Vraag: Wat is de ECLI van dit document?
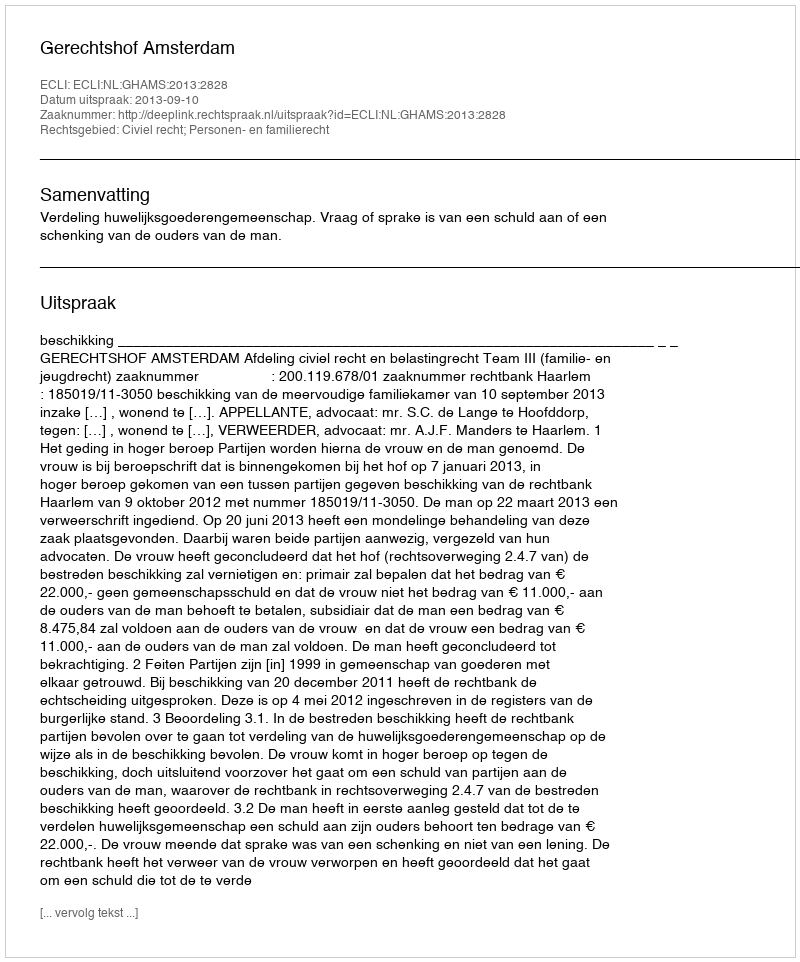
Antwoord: ECLI:NL:GHAMS:2013:2828